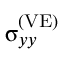
{ \upsigma } _ { y y } ^ { \left( \mathrm { V E } \right) }